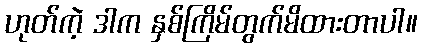
ဟုတ်ကဲ့ ဒါက နှစ်ကြိမ်တွက်မိထားတာပါ။